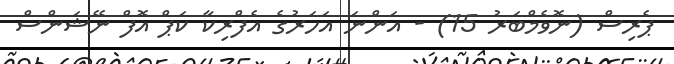
ޕެރިސް (ނޮވެމްބަރު 15) - އަންނަ އަހަރުގެ އެފްރިކާ ކަޕް އޮފް ނޭޝަންސް